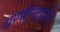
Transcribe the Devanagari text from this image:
धरणीन्द्रवर्मन